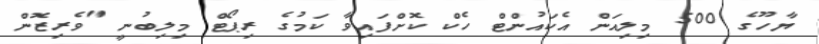
ޔާހޫގެ 500 މިލިއަން އެކައުންޓް ހެކް ކޮށްފައިވާ ކަމުގެ ރިޕޯޓް މިލިބުނީ "ވެރިޒޮން